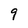
Character: 9